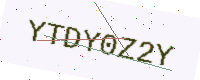
Text: YTDY0Z2Y